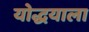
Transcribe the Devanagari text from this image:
योद्धयाला